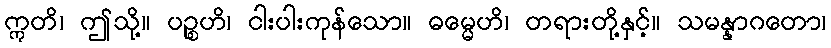
ဣတိ၊ ဤသို့။ ပဉ္စဟိ၊ ငါးပါးကုန်သော။ ဓမ္မေဟိ၊ တရားတို့နှင့်။ သမန္နာဂတော၊